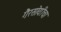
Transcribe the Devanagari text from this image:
गैरसोयीचा